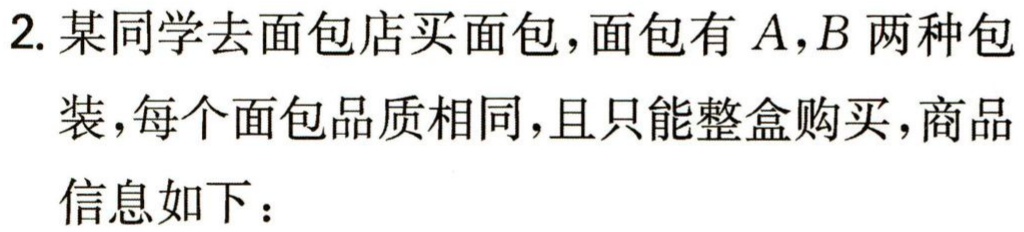
2. 某同学去面包店买面包，面包有 \(A,B\) 两种包装，每个面包品质相同，且只能整盒购买，商品信息如下：